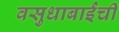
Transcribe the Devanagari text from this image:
वसुधाबाईंची